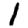
Digit: 1